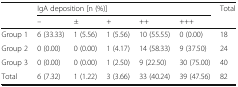
<table><thead><tr><td rowspan="2"></td><td colspan="5"><b>IgA deposition [n (%)]</b></td><td rowspan="2"><b>Total</b></td></tr><tr><td><b>–</b></td><td><b>±</b></td><td><b>+</b></td><td><b>++</b></td><td><b>+++</b></td></tr></thead><tbody><tr><td>Group 1</td><td>6 (33.33)</td><td>1 (5.56)</td><td>1 (5.56)</td><td>10 (55.55)</td><td>0 (0.00)</td><td>18</td></tr><tr><td>Group 2</td><td>0 (0.00)</td><td>0 (0.00)</td><td>1 (4.17)</td><td>14 (58.33)</td><td>9 (37.50)</td><td>24</td></tr><tr><td>Group 3</td><td>0 (0.00)</td><td>0 (0.00)</td><td>1 (2.50)</td><td>9 (22.50)</td><td>30 (75.00)</td><td>40</td></tr><tr><td>Total</td><td>6 (7.32)</td><td>1 (1.22)</td><td>3 (3.66)</td><td>33 (40.24)</td><td>39 (47.56)</td><td>82</td></tr></tbody></table>